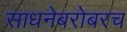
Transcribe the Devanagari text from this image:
साधनेबरोबरच